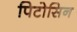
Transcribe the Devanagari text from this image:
पिटोसिन